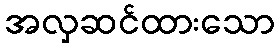
အလှဆင်ထားသော